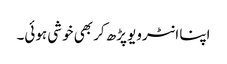
اپنا انٹرویو پڑھ کر بھی خوشی ہوئی۔